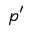
p ^ { \prime }